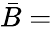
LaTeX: \bar{B}=